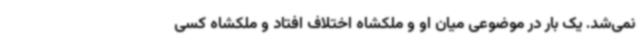
نمی‌شد. یک بار در موضوعی میان او و ملکشاه اختلاف افتاد و ملکشاه کسی